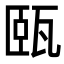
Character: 㼢